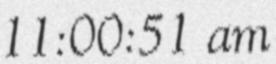
11:00:51 am